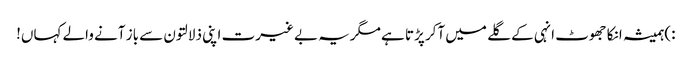
:)ہمیشہ انکا جھوٹ انہی کے گلے میں آکر پڑتا ہے مگریہ بے غیرت اپنی ذلالتون سے باز آنے والے کہاں!